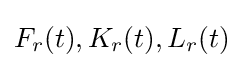
F_{r}(t),K_{r}(t),L_{r}(t)